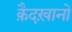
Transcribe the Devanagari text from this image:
क़ैदख़ानों